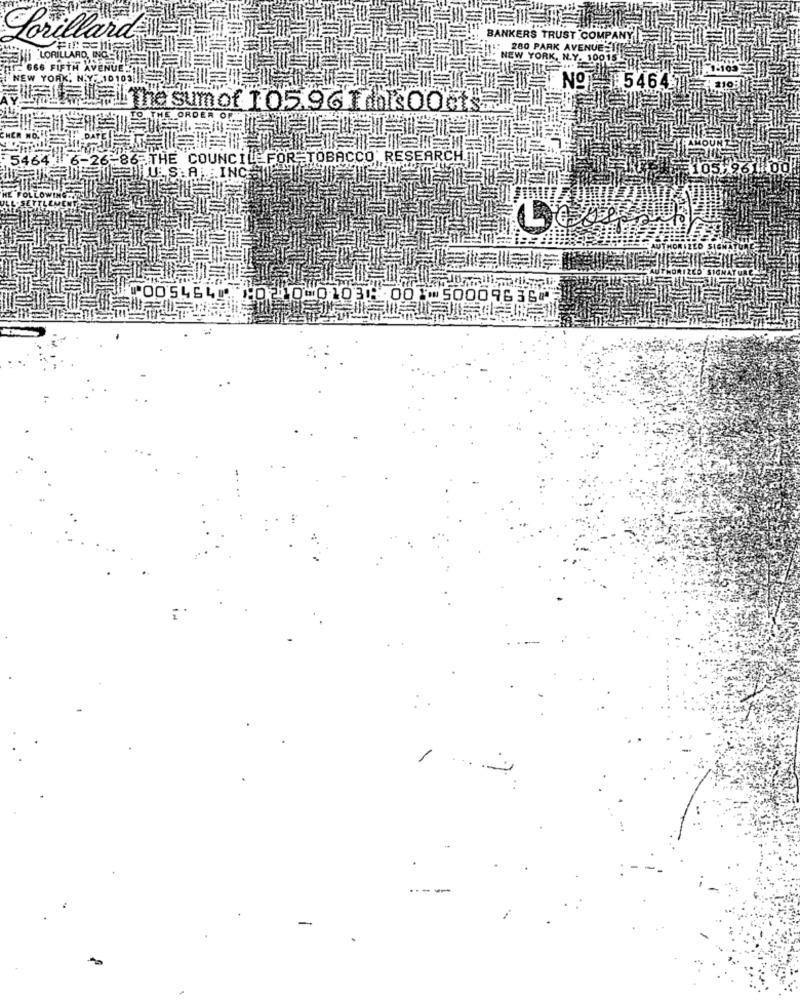
IT === "BANKERS TRUST COMP
280 PARK AVENUE I
Ti LORILLARD CLOUD
NEW YORK, N.Y. 100151
NEW YORK NY 1010| | | | | | 10 | ITIN9- 54647
FUFU. IF The sum of 105.96 1 ksOOcts ===
E. ORDER OF.
164 6-26-86 THE COUNCIL FOR TOBACCO, RESEARCH TT TT
105.26
S.A.LINCE
⑈005464⑈ ⑆0210 0103⑈ 001⑉50009636⑈
/
.---